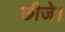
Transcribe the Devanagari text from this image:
छीजे।